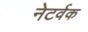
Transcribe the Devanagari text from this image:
नेटर्वक